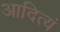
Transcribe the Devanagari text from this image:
आदित्यं